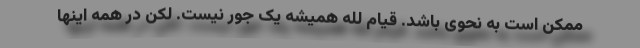
ممکن است به نحوی باشد. قیام لله همیشه یک جور نیست. لکن در همه اینها